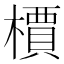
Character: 檟